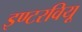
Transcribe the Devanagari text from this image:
इण्टरवियू